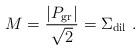
LaTeX: \begin{align*}M= \frac {|P_{\rm gr}|}{\sqrt{2}} = \Sigma_{\rm dil} \ .\end{align*}